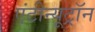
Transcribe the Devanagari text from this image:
एंटीन्यूट्रॉन